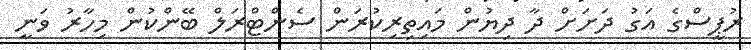
ރުޕީސްގެ އަގު ދަށަށް ދާ ދިޔުން މައިތިރިކުރަން ސެންޓްރަލް ބޭންކުން މިހާރު ވަނީ